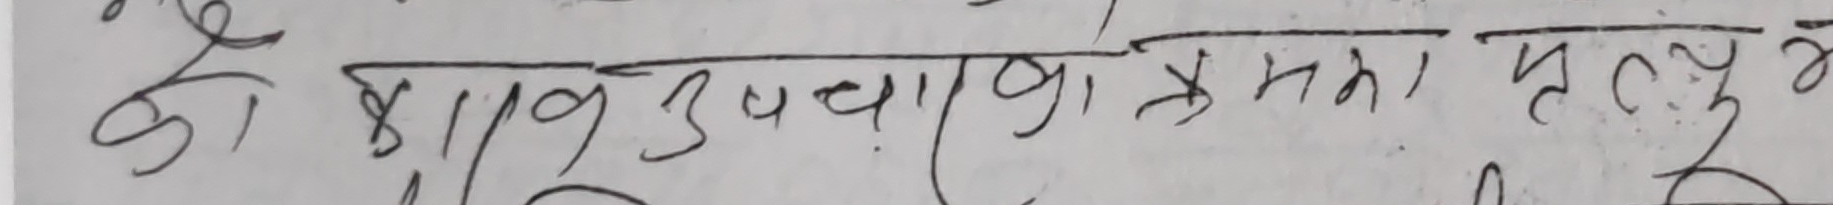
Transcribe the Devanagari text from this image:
हो कारण उपचारका क्रममा मृत्यु हो